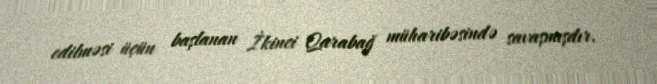
edilməsi üçün başlanan İkinci Qarabağ müharibəsində savaşmışdır.